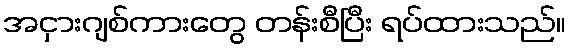
အငှားဂျစ်ကားတွေ တန်းစီပြီး ရပ်ထားသည်။